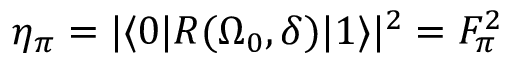
\eta _ { \pi } = | \langle 0 | R ( \Omega _ { 0 } , \delta ) | 1 \rangle | ^ { 2 } = F _ { \pi } ^ { 2 }